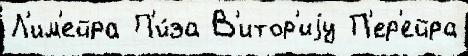
Л'им'ейра П'и́за В'итор'иjу П'ер'ейра